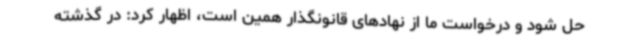
حل شود و درخواست ما از نهادهای قانونگذار همین است، اظهار کرد: در گذشته